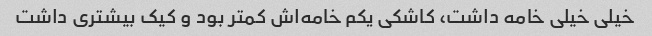
خیلی خیلی خامه داشت، کاشکی یکم خامه‌اش کمتر بود و کیک بیشتری داشت